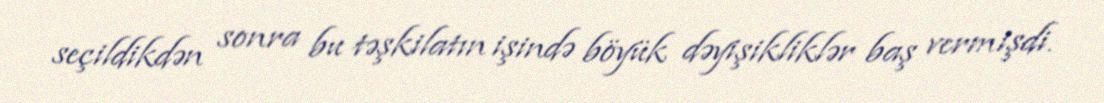
seçildikdən sonra bu təşkilatın işində böyük dəyişikliklər baş vermişdi.